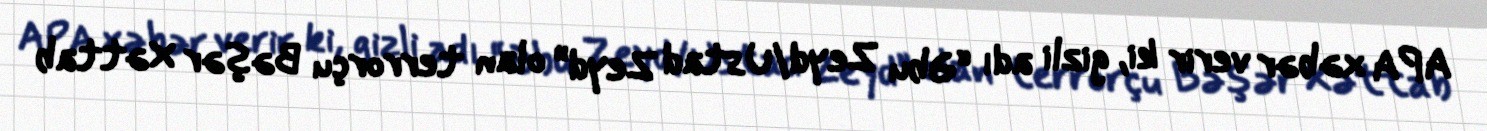
APA xəbər verir ki, gizli adı “Əbu Zeyd/Ustad Zeyd” olan terrorçu Bəşər Xəttab